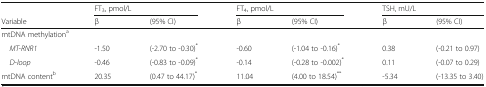
<table><thead><tr><td></td><td colspan="2"><b>FT<sub>3</sub>, pmol/L</b></td><td colspan="2"><b>FT<sub>4</sub>, pmol/L</b></td><td colspan="2"><b>TSH, mU/L</b></td></tr><tr><td><b>Variable</b></td><td><b>β</b></td><td><b>(95% CI)</b></td><td><b>β</b></td><td><b>(95% CI)</b></td><td><b>β</b></td><td><b>(95% CI)</b></td></tr></thead><tbody><tr><td colspan="7">mtDNA methylation<sup>a</sup></td></tr><tr><td> <i>MT-RNR1</i></td><td>-1.50</td><td>(-2.70 to -0.30)<sup>*</sup></td><td>-0.60</td><td>(-1.04 to -0.16)<sup>*</sup></td><td>0.38</td><td>(-0.21 to 0.97)</td></tr><tr><td> <i>D-loop</i></td><td>-0.46</td><td>(-0.83 to -0.09)<sup>*</sup></td><td>-0.14</td><td>(-0.28 to -0.002)<sup>*</sup></td><td>0.11</td><td>(-0.07 to 0.29)</td></tr><tr><td>mtDNA content<sup>b</sup></td><td>20.35</td><td>(0.47 to 44.17)<sup>*</sup></td><td>11.04</td><td>(4.00 to 18.54)<sup>**</sup></td><td>-5.34</td><td>(-13.35 to 3.40)</td></tr></tbody></table>